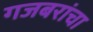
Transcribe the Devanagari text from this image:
गजबरांचा